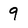
Character: 9